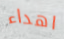
اهداء